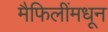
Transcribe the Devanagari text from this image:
मैफिलींमधून